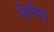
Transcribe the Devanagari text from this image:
विचित्